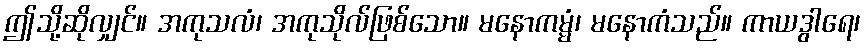
ဤသို့ဆိုလျှင်။ အကုသလံ၊ အကုသိုလ်ဖြစ်သော။ မနောကမ္မံ၊ မနောကံသည်။ ကာယဒွါရေ၊